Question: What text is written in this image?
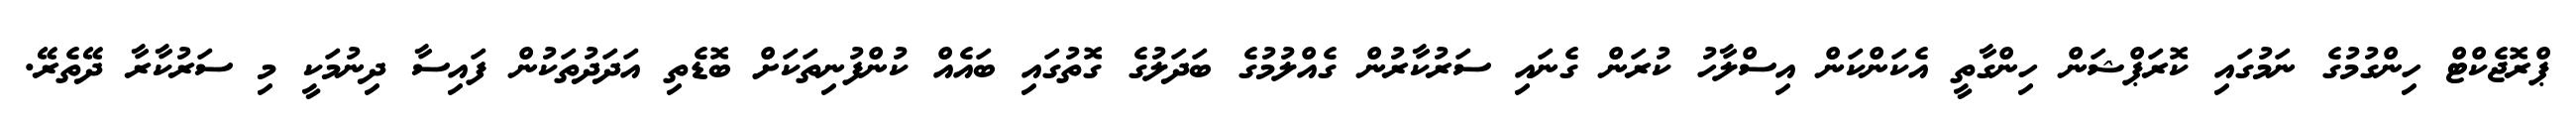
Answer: ޕްރޮޖެކްޓް ހިންގުމުގެ ނަމުގައި ކޮރަޕްޝަން ހިންގާތީ އެކަންކަން އިސްލާހު ކުރަން ގެނައި ސަރުކާރުން ގެއްލުމުގެ ބަދަލުގެ ގޮތުގައި ބައެއް ކުންފުނިތަކަށް ބޮޑެތި އަދަދުތަކުން ފައިސާ ދިނުމަކީ މި ސަރުކާރާ ދޭތެރޭ.